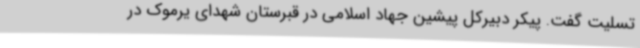
تسلیت گفت. پیکر دبیرکل پیشین جهاد اسلامی در قبرستان شهدای یرموک در